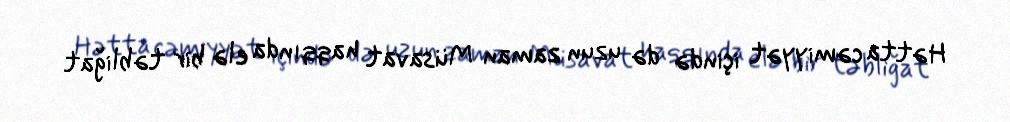
Hətta cəmiyyət içində də uzun zaman Müsavat haqqında elə bir təbliğat